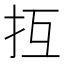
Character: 𢪔